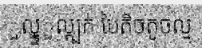
ួល្ទ្ទ្ួល្គ្បក់ បៃតិចតូចល្ម